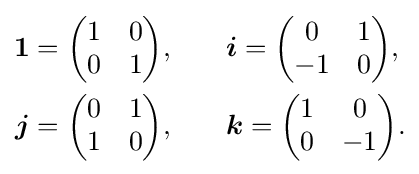
{\begin{aligned}{\boldsymbol {1}}={\begin{pmatrix}1&0\\0&1\end{pmatrix}},\qquad &{\boldsymbol {i}}={\begin{pmatrix}0&1\\-1&0\end{pmatrix}},\\{\boldsymbol {j}}={\begin{pmatrix}0&1\\1&0\end{pmatrix}},\qquad &{\boldsymbol {k}}={\begin{pmatrix}1&0\\0&-1\end{pmatrix}}.\end{aligned}}